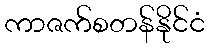
ကာဇက်စတန်နိုင်ငံ